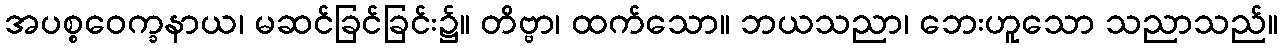
အပစ္စဝေက္ခနာယ၊ မဆင်ခြင်ခြင်း၌။ တိဗ္ဗာ၊ ထက်သော။ ဘယသညာ၊ ဘေးဟူသော သညာသည်။